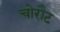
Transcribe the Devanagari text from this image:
चोरौट